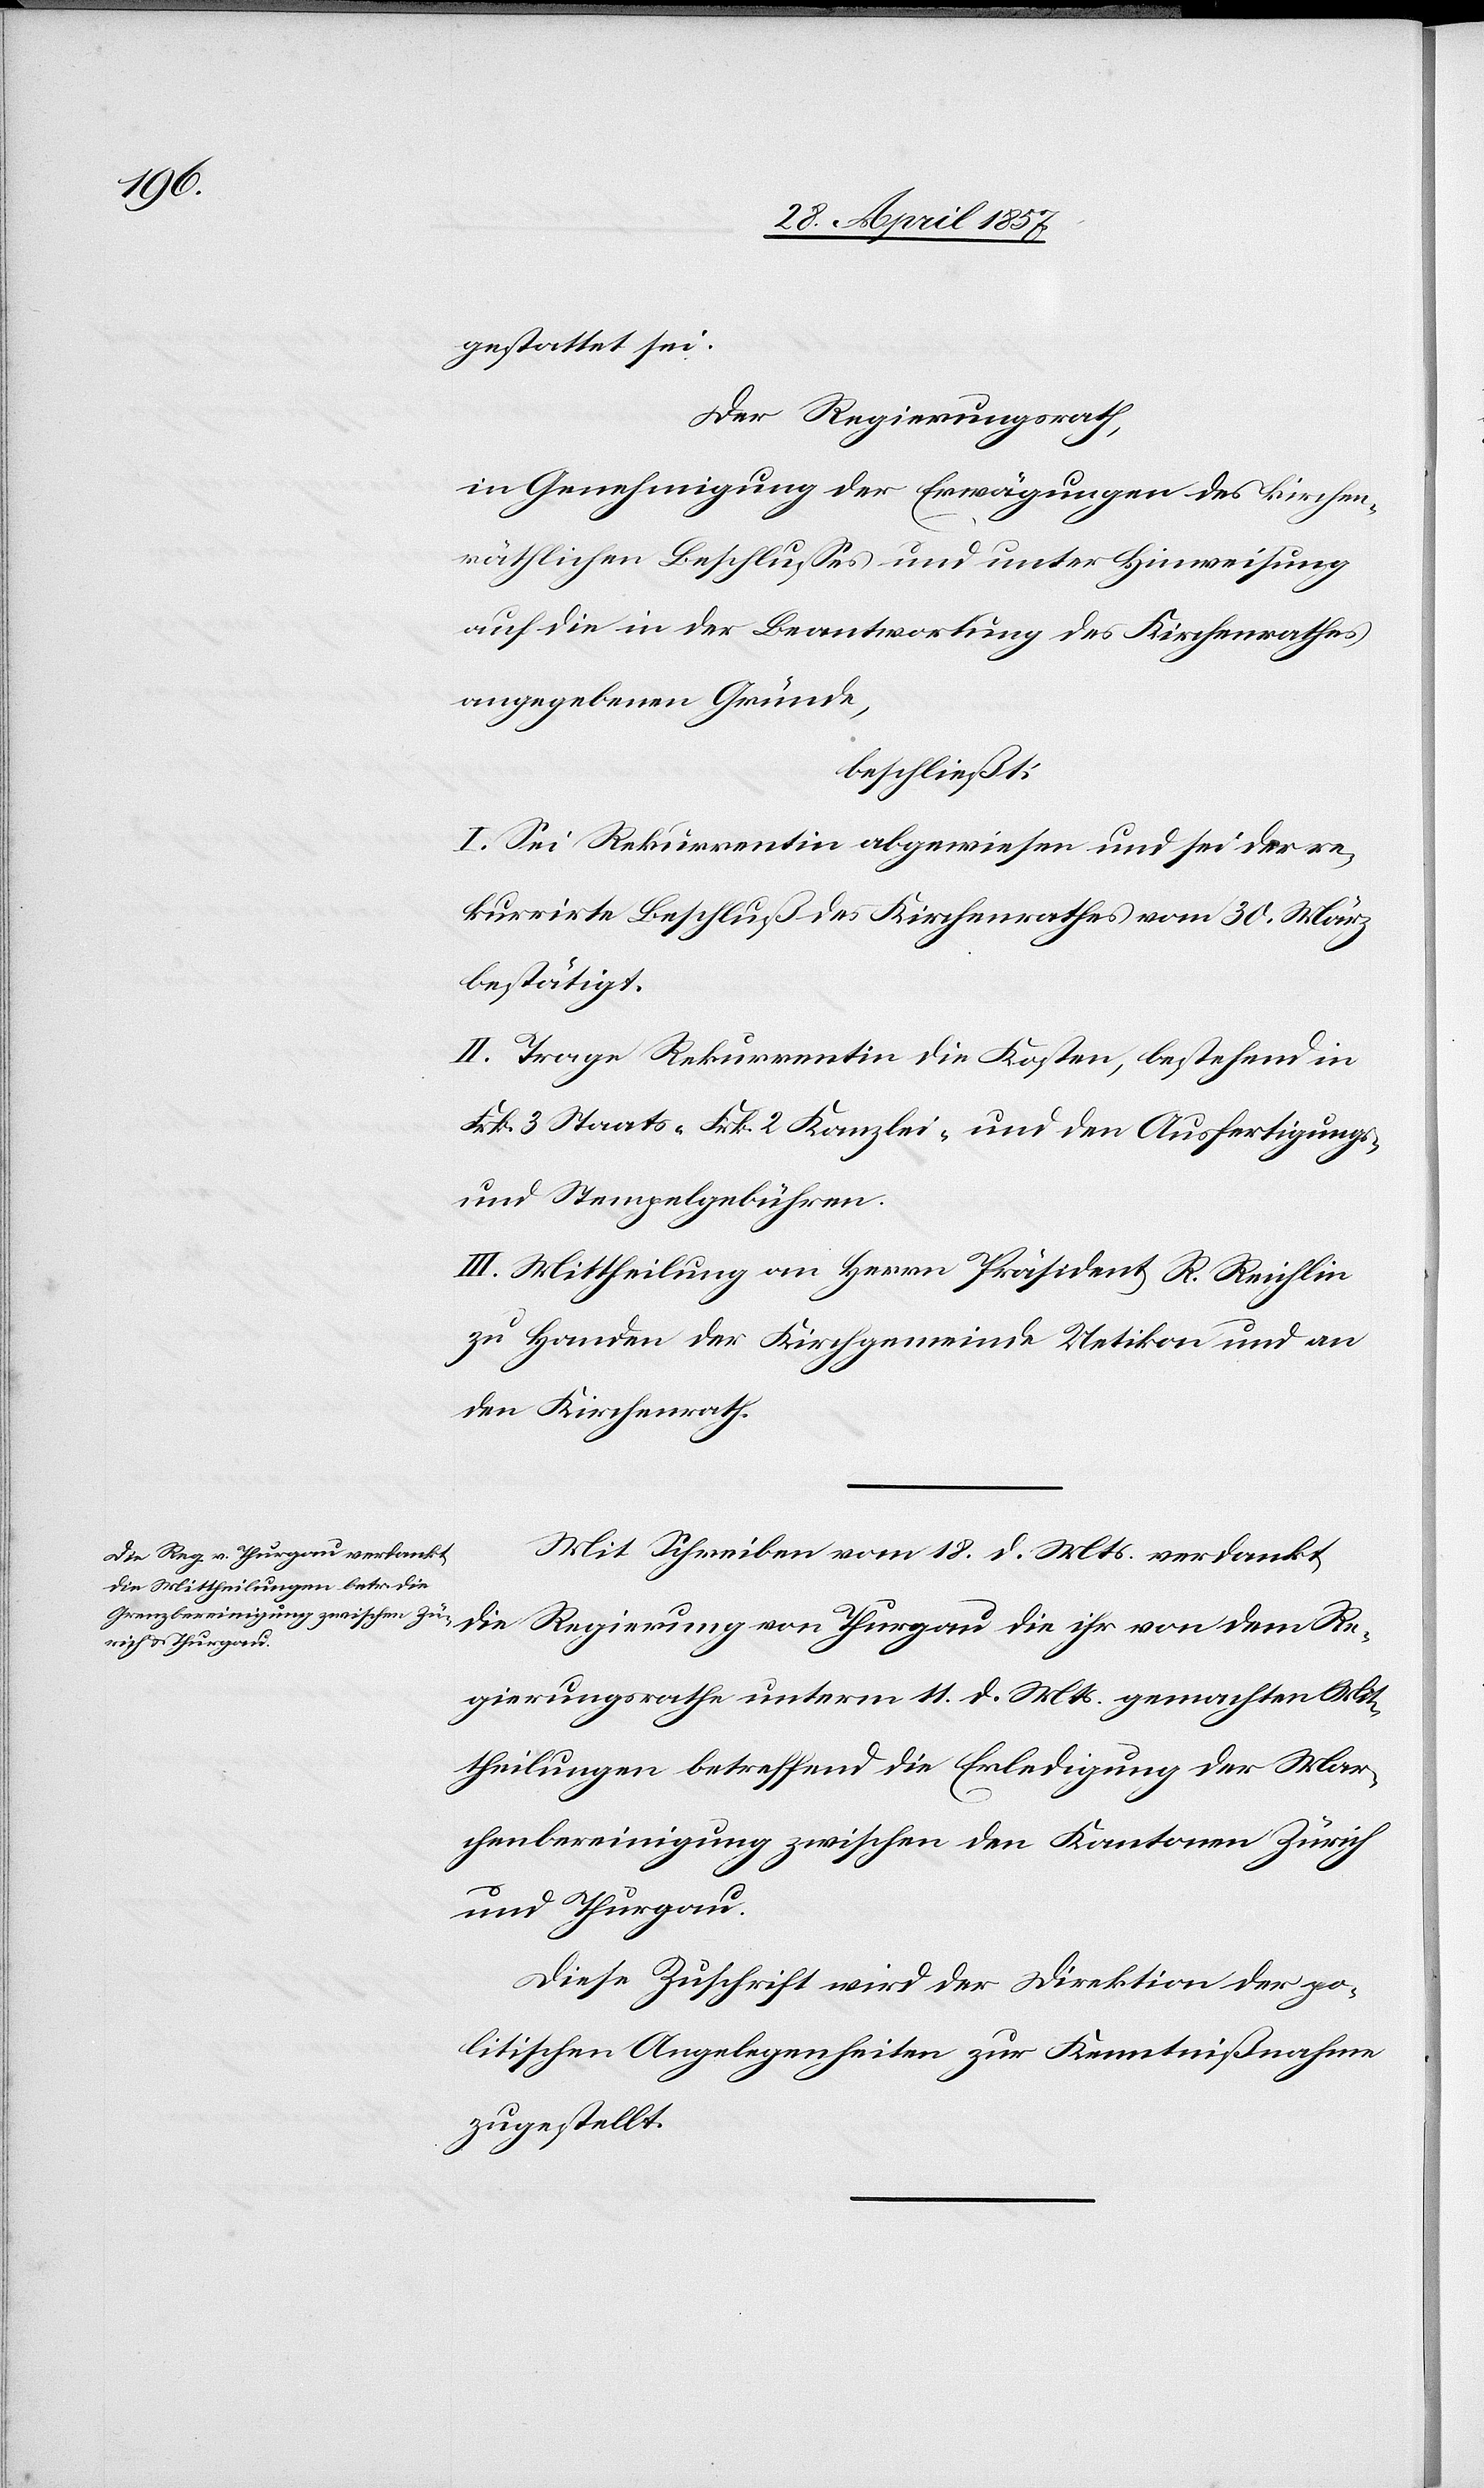
gestattet sei.
Der Regierungsrath,
in Genehmigung der Erwägungen des kirchen¬
räthlichen Beschlußes und unter Hinweisung
auf die in der Beantwortung des Kirchenrathes
angegebenen Gründe,
beschließt:
I. Sei Rekurrentin abgewiesen und sei der re¬
kurrirte Beschluß des Kirchenrathes vom 30 März
bestätigt.
II. Trage Rekurrentin die Kosten, bestehend in
Frk. 3 Staats- Frk. 2 Kanzlei- und den Ausfertigungs-
u. Stempelgebühren.
III. Mittheilung an Herrn Präsident R. Reichlin
zu Handen der Kirchgemeinde Uetikon und an
den Kirchenrath.
Mit Schreiben vom 18 d. Mts. verdankt
die Regierung von Thurgau die ihr von dem Re¬
gierungsrathe unterm 11 d. Mts. gemachten Mit¬
theilungen betreffend die Erledigung der Mar¬
chenbereinigung zwischen den Kantonen Zürich
und Thurgau.
Diese Zuschrift wird der Direktion der po¬
litischen Angelegenheiten zur Kenntnißnahme
zugestellt.